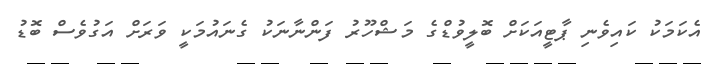
އެކަމަކު ކައިވެނި ޕާޓީއަކަށް ބޮލީވުޑްގެ މަޝްހޫރު ފަންނާނަކު ގެނައުމަކީ ވަރަށް އަގުވެސް ބޮޑު